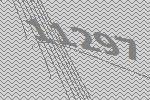
11297